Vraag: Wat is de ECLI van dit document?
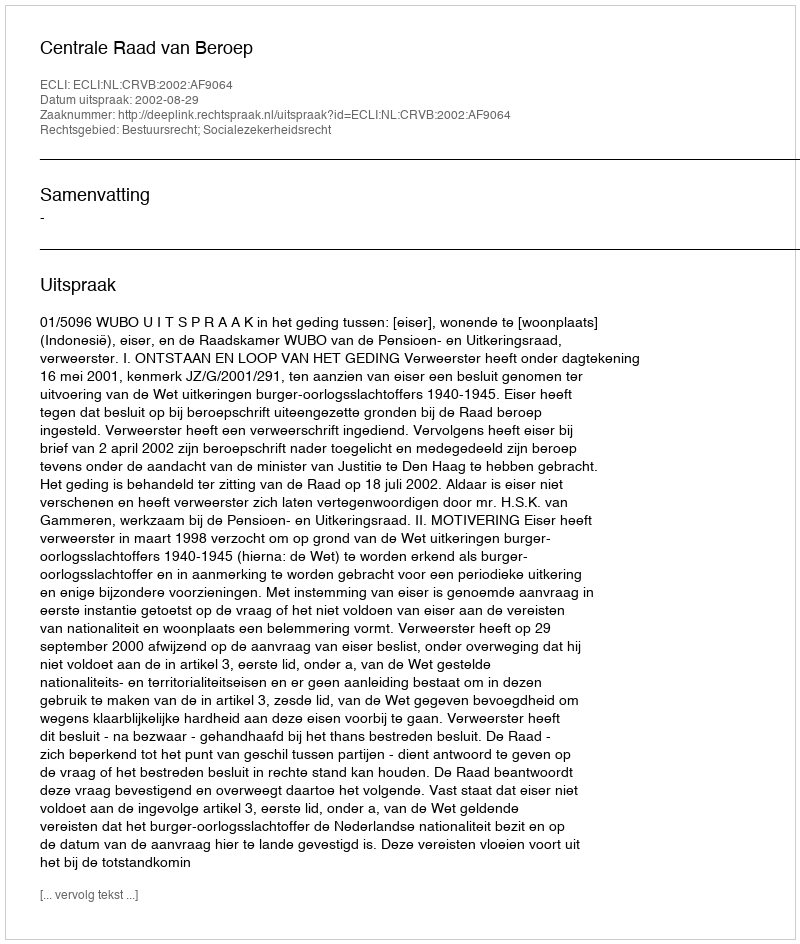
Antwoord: ECLI:NL:CRVB:2002:AF9064